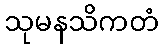
သုမနသိကတံ